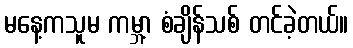
မနေ့ကသူမ ကမ္ဘာ့ စံချိန်သစ် တင်ခဲ့တယ်။